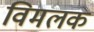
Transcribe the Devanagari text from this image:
विमलक